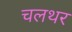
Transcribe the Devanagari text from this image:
चलथर